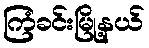
ကြံခင်းမြို့နယ်